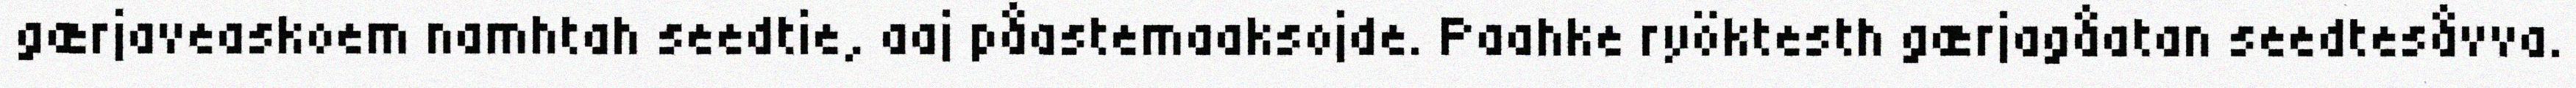
gærjaveaskoem namhtah seedtie, aaj påastemaaksojde. Paahke ryöktesth gærjagåatan seedtesåvva.